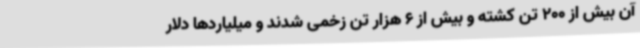
آن بیش از 200 تن کشته و بیش از 6 هزار تن زخمی شدند و میلیاردها دلار